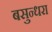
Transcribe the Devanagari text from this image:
बसुन्धरा